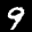
Label: 9